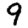
Digit: 9